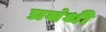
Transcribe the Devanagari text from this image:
प्रबंधी